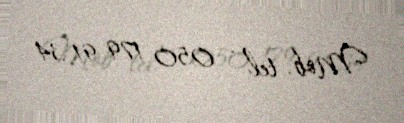
Mob. tel - 050 179 91 34